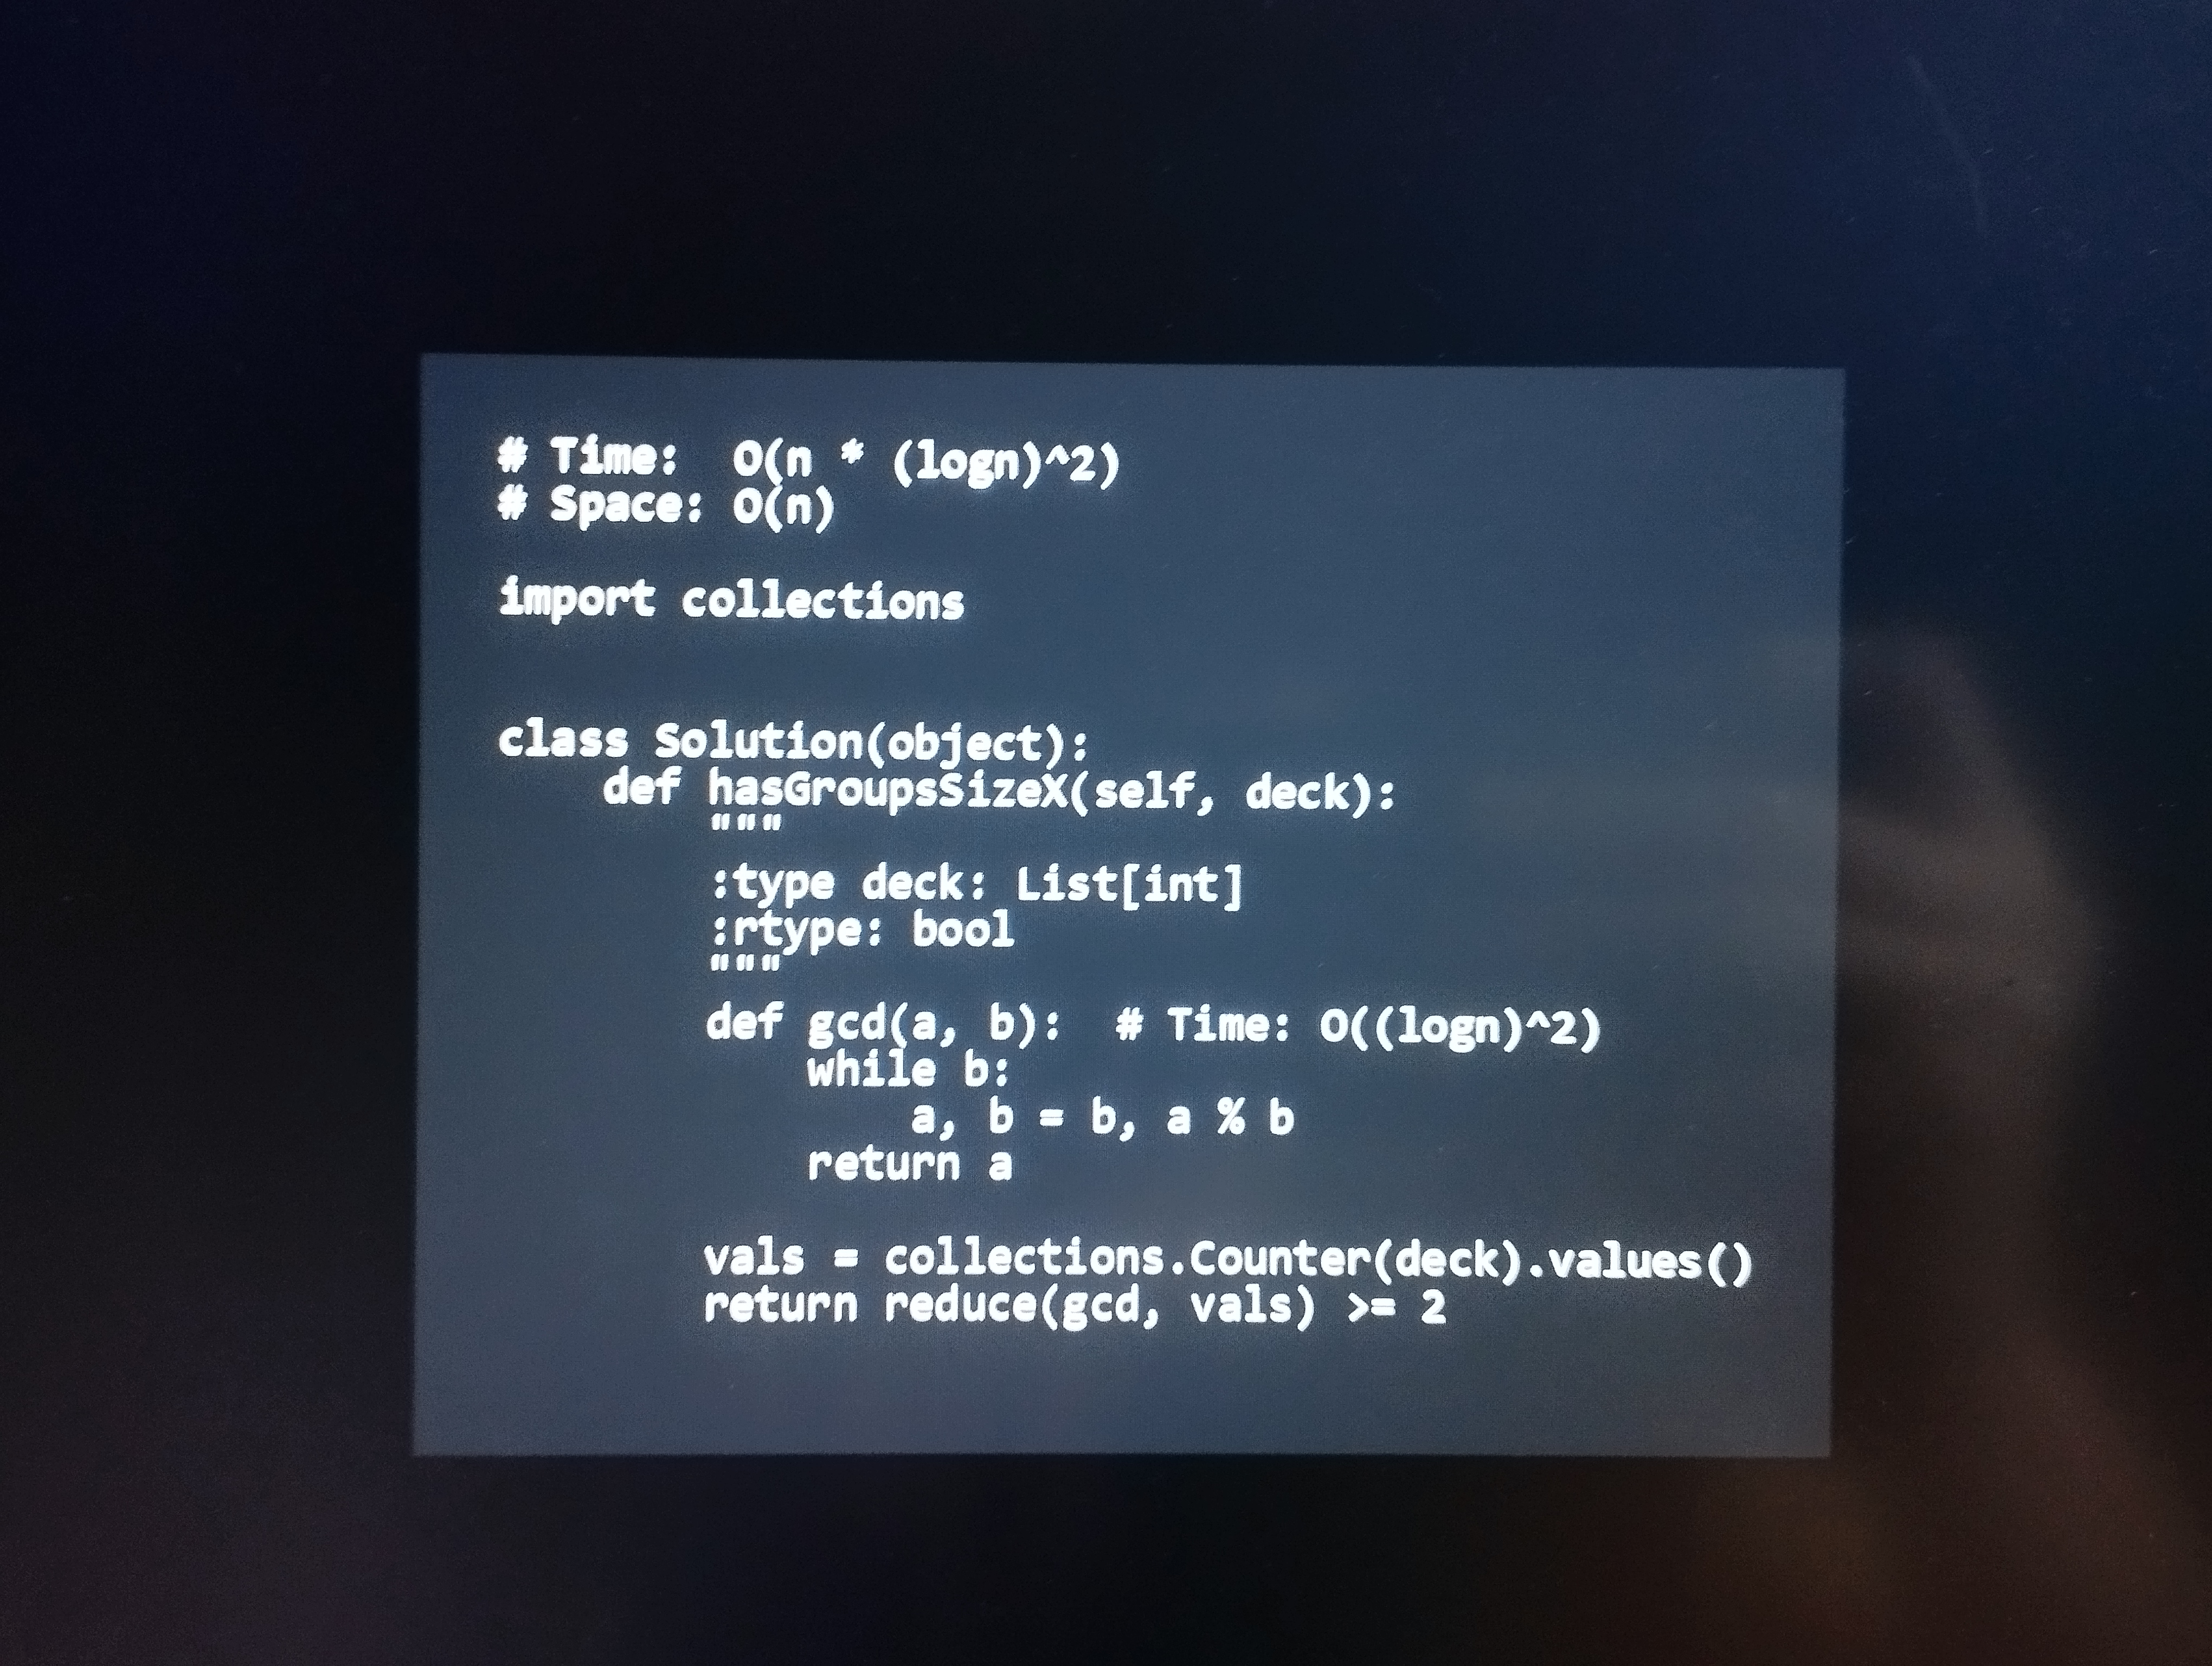
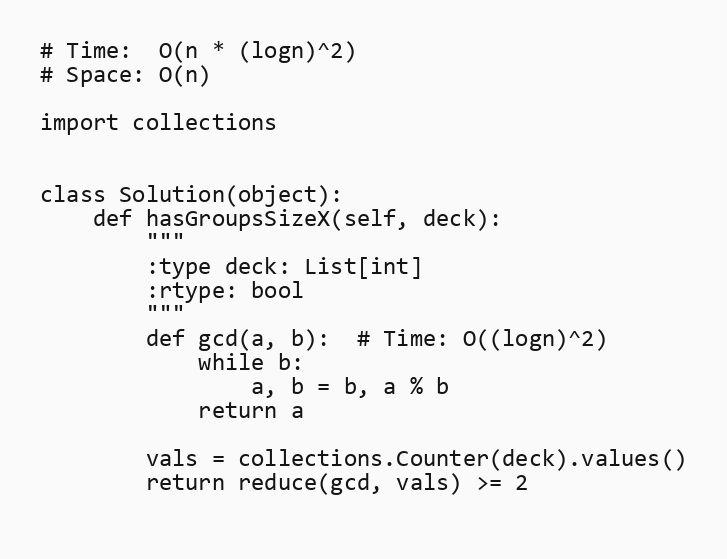
# Time:  O(n * (logn)^2)
# Space: O(n)

import collections

class Solution(object):
    def hasGroupsSizeX(self, deck):
        """
        :type deck: List[int]
        :rtype: bool
        """
        def gcd(a, b):  # Time: O((logn)^2)
            while b:
                a, b = b, a % b
            return a

        vals = collections.Counter(deck).values()
        return reduce(gcd, vals) >= 2